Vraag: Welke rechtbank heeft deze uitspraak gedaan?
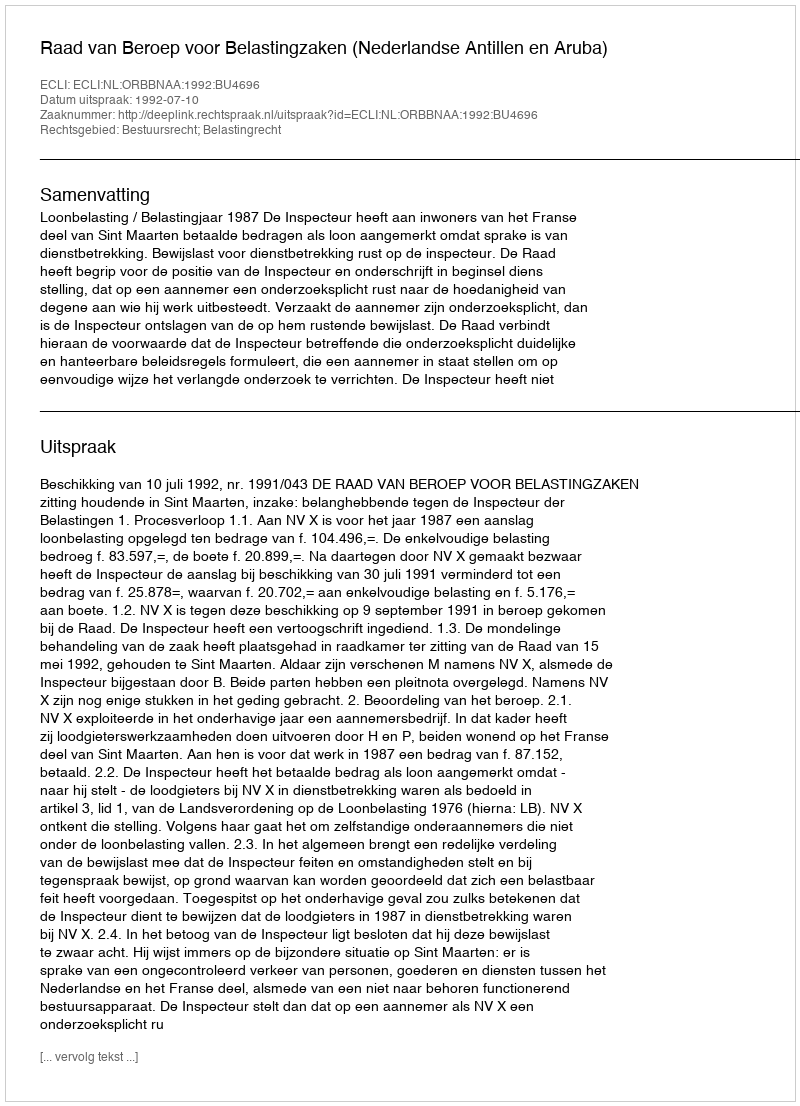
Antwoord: Raad van Beroep voor Belastingzaken (Nederlandse Antillen en Aruba)